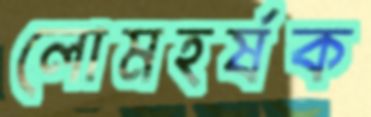
লোমহর্ষক